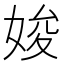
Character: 㛖